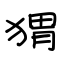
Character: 猬